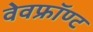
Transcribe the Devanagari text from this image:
वेवफ्रॉण्ट